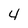
Character: 4